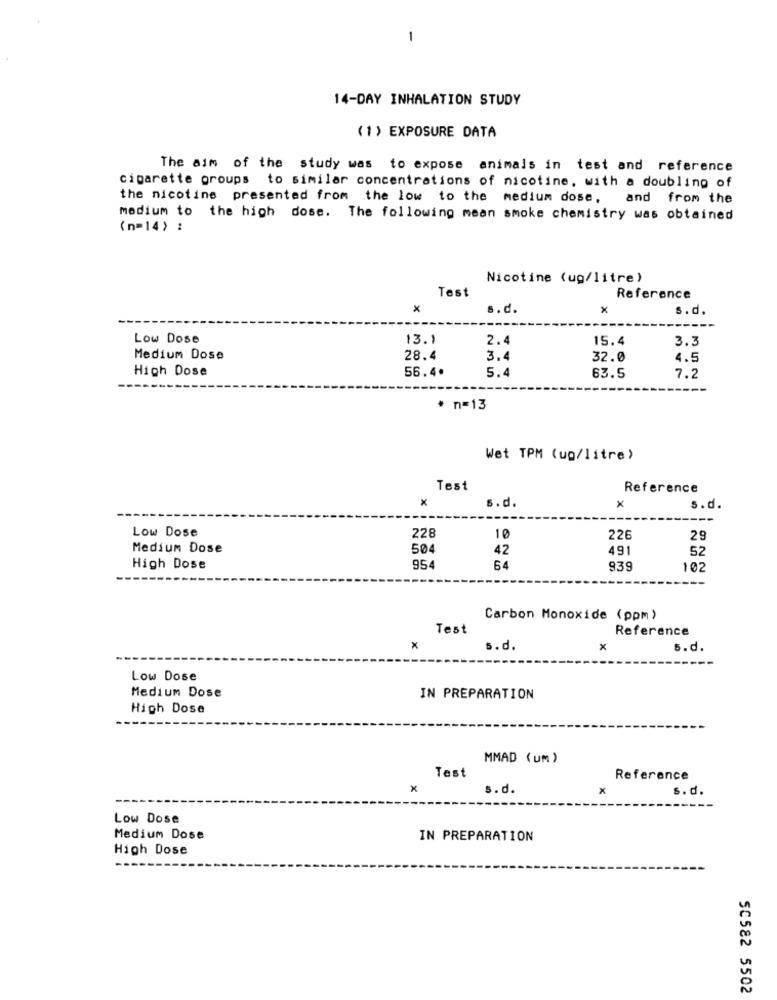
-
14-DAY INHALATION STUDY
(1) EXPOSURE DATA
The aim of the study was to expose animals in test and reference
cigarette groups to similar concentrations of nicotine, with a doubling of
the nicotine presented from the low to the medium dose, and from the
medium to the high dose. The following mean smoke chemistry was obtained
(n=14) :
Nicotine (ug/litre)
Test
Reference
s.d.
x
s. d.
Low Dose
13.1
2.4
15.4
3.3
Medium Dose
28.4
3.4
32.0
4.5
High Dose
56.4.
5.4
63.5
7.2
* n=13
Wet TPM (ug/litre)
Test
Reference
X
s.d.
x
s.d.
Low Dose
228
10
226
29
Medium Dose
504
42
491
52
High Dose
954
64
939
102
Carbon Monoxide (ppm)
Test
Reference
x
s.d.
x
s.d.
Low Dose
Medium Dose
IN PREPARATION
High Dose
MMAD ( um )
Test
Reference
x
s.d.
X
s.d.
Low Dose
Medium Dose
IN PREPARATION
High Dose
SC582 5502